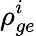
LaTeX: \rho_{ge}^{i}